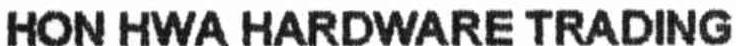
HON HWA HARDWARE TRADING